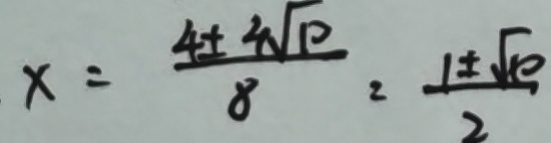
x = \frac { 4 + 4 \sqrt { 1 0 } } { 8 } = \frac { 1 \pm \sqrt { 1 0 } } { 2 }